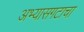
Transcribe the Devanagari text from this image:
अभ्यासगटाचा